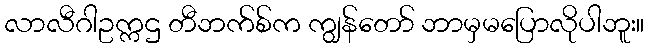
လာလီဂါဥက္ကဌ တီဘက်စ်က ကျွန်တော် ဘာမှမပြောလိုပါဘူး။